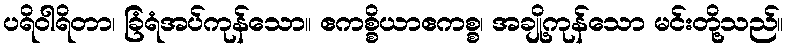
ပရိဝါရိတာ၊ ခြံရံအပ်ကုန်သော။ ဧကစ္စိယာဧကစ္စ၊ အချို့ကုန်သော မင်းတို့သည်။